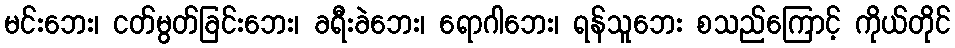
မင်းဘေး၊ ငတ်မွတ်ခြင်းဘေး၊ ခရီးခဲဘေး၊ ရောဂါဘေး၊ ရန်သူဘေး စသည်ကြောင့် ကိုယ်တိုင်